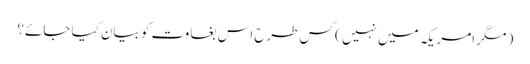
( مگر امریکہ میں نہیں ) کس طرح اس بغاوت کو بیان کیا جائے؟